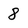
Character: 8